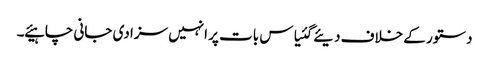
دستور کے خلاف دیئے گئیاس بات پر انہیں سزا دی جانی چاہیئے ۔